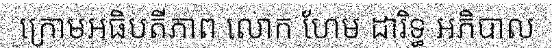
ក្រោមអធិបតីភាព លោក ហែម ដារិទ្ធ អភិបាល